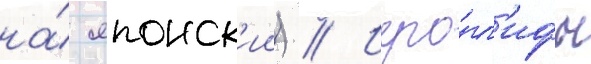
на́ японск'ии) // Иеро́гл'ифы